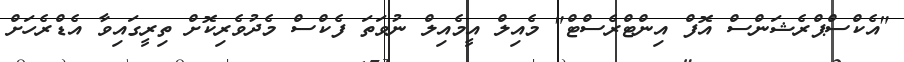
"އެކްސްޕްރެޝަންސް އޮފް އިންޓްރެސްޓް" މެއިލް އީމެއިލް ނުވަތަ ފެކްސް މެދުވެރިކޮށް ތިރީގައިވާ އެޑްރެހަށް